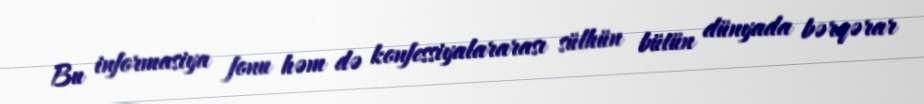
Bu informasiya fonu həm də konfessiyalararası sülhün bütün dünyada bərqərar